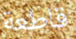
قاطعة